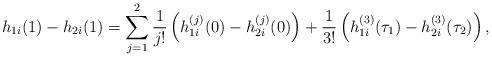
LaTeX: \begin{align*}h_{1i}(1)-h_{2i}(1)=\sum_{j=1}^2 \frac{1}{j!}\left(h_{1i}^{(j)}(0)-h_{2i}^{(j)}(0)\right)+\frac{1}{3!}\left(h_{1i}^{(3)}(\tau_1)-h_{2i}^{(3)}(\tau_2)\right),\end{align*}